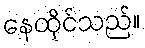
နေထိုင်သည်။